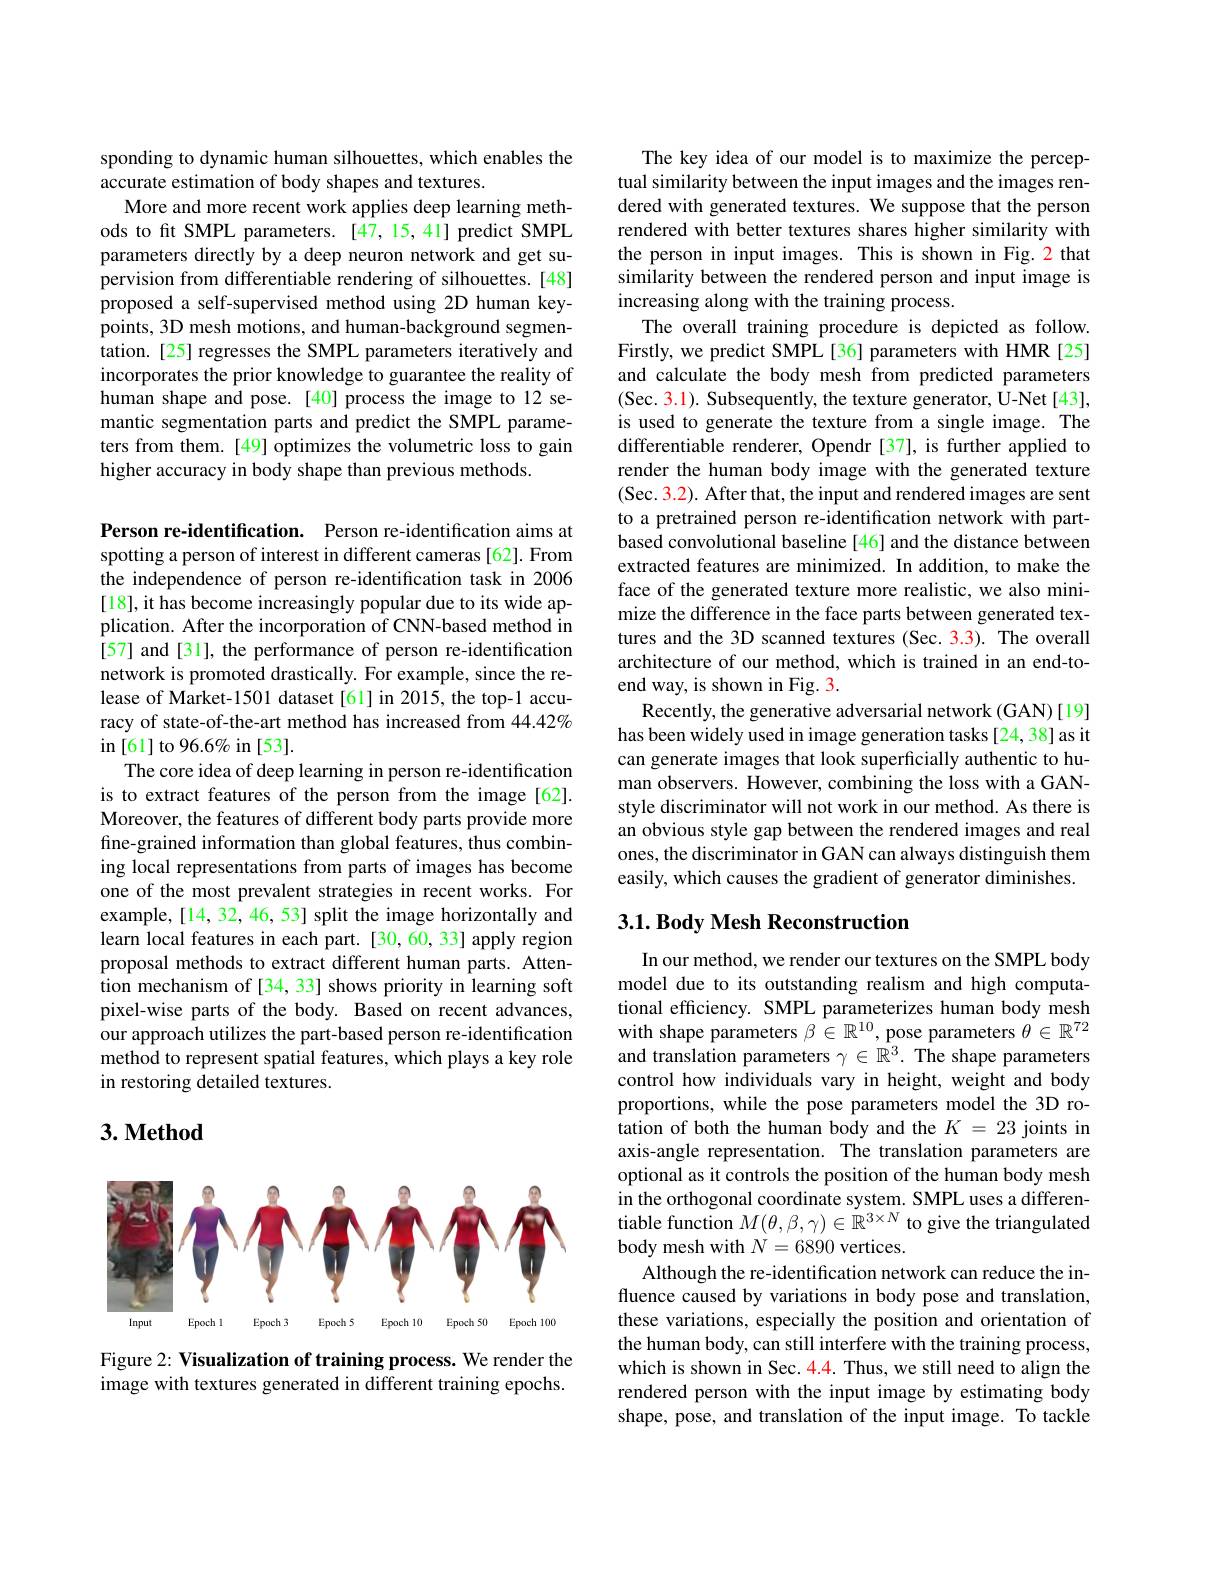
sponding to dynamic human silhouettes, which enables the
accurate estimation of body shapes and textures.
More and more recent work applies deep learning methods to ft SMPL parameters.[47,15,41] predict SMPL parameters directly by a deep neuron network and get supervision from differentiable rendering of silhouettes.[48] proposed a self-supervised method using 2D human keypoints, 3D mesh motions, and human-background segmentation. [25] regresses the SMPL parameters iteratively and incorporates the prior knowledge to guarantee the reality of human shape and pose.[40] process the image to 12 semantic segmentation parts and predict the SMPL parameters from them. [49] optimizes the volumetric loss to gain higher accuracy in body shape than previous methods.

Person re-identification. Person re-identification aims at spotting a person of interest in different cameras [62]. From the independence of person re-identification task in 2006 [18], it has become increasingly popular due to its wide application. After the incorporation of CNN-based method in [57] and [31], the performance of person re-identification network is promoted drastically. For example, since the release of Market-1501 dataset[61] in 2015, the top-1 accuracy of state-of-the-art method has increased from 44.42% in [ 61] to 96. 6$\%$ in [ 53] .
The core idea of deep learning in person re-identification is to extract features of the person from the image[62]. Moreover, the features of different body parts provide more fine-grained information than global features, thus combining local representations from parts of images has become one of the most prevalent strategies in recent works. For example, [14, 32, 46, 53] split the image horizontally and learn local features in each part. [30,60, 33] apply region proposal methods to extract different human parts. Atten- $\hat{\text{tion mechanism of[34,33] shows priority in learning soft}}$ pixel-wise parts of the body. Based on recent advances, our approach utilizes the part-based person re-identification method to represent spatial features, which plays a key role in restoring detailed textures.

## $3. \textbf{Method}$

<FigureHere>

Figure 2: Visualization of training process. We render the image with textures generated in different training epochs.

The key idea of our model is to maximize the perceptual similarity between the input images and the images rendered with generated textures. We suppose that the person rendered with better textures shares higher similarity with the person in input images. This is shown in Fig.2 that similarity between the rendered person and input image is increasing along with the training process.
The overall training procedure is depicted as follow. Firstly, we predict SMPL[36] parameters with HMR[25] and calculate the body mesh from predicted parameters (Sec. 3.1). Subsequently, the texture generator, U-Net[43], is used to generate the texture from a single image. The differentiable renderer, Opendr [37], is further applied to render the human body image with the generated texture (Sec. 3.2). After that, the input and rendered images are sent to a pretrained person re-identification network with partbased convolutional baseline [46] and the distance between extracted features are minimized. In addition, to make the face of the generated texture more realistic, we also minimize the difference in the face parts between generated textures and the 3D scanned textures (Sec. 3.3). The overall architecture of our method, which is trained in an end-toend way, is shown in Fig. 3.
Recently, the generative adversarial network (GAN)[19] has been widely used in image generation tasks[24,38] as it can generate images that look superficially authentic to human observers. However, combining the loss with a GANstyle discriminator will not work in our method. As there is an obvious style gap between the rendered images and real ones, the discriminator in GAN can always distinguish them easily, which causes the gradient of generator diminishes.

## $3. 1. \textbf{Body Mesh Reconstruction}$

In our method, we render our textures on the SMPL body model due to its outstanding realism and high computational efficiency. SMPL parameterizes human body mesh with shape parameters $\beta\in\mathbb{R}^{10}$, pose parameters $\theta\in\mathbb{R}^72$ and translation parameters $\gamma\in\hat{\mathbb{R}^3}.$ The shape parameters control how individuals vary in height, weight and body proportions, while the pose parameters model the 3D rotation of both the human body and the $K=23$ joints in axis-angle representation. The translation parameters are optional as it controls the position of the human body mesh in the orthogonal coordinate system. SMPL uses a differentiable function $M(\theta,\beta,\gamma)\in{\dot{\mathbb{R}}}^{3\times N}$ to give the triangulated body mesh with $N=6890$ vertices.
Although the re-identification network can reduce the influence caused by variations in body pose and translation, these variations, especially the position and orientation of the human body, can still interfere with the training process, which is shown in Sec. 4.4. Thus, we still need to align the rendered person with the input image by estimating body shape, pose, and translation of the input image. To tackle